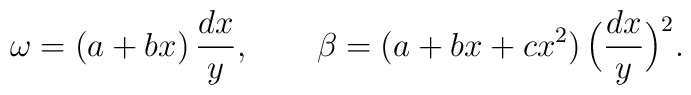
\omega=(a+bx)\,\frac{dx}{y},\qquad	\beta= (a+bx+cx^2)\,\Big(\frac{dx}{y}\Big)^2.